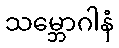
သမ္ဘောဂါနံ